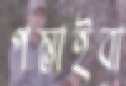
পস্তাইবা